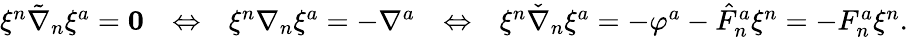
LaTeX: \begin{array}{rlrlr}{\xi^{n}\tilde{\nabla}_{n}\xi^{a}=\mathbf{0}}&{\Leftrightarrow}&{\xi^{n}\nabla_{n}\xi^{a}=-\nabla^{a}}&{\Leftrightarrow}&{\xi^{n}\check{\nabla}_{n}\xi^{a}=-\varphi^{a}-\hat{F}^{a}_{n}\xi^{n}=-F^{a}_{n}\xi^{n}.}\end{array}